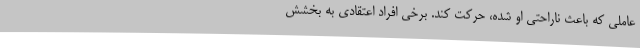
عاملی که باعث ناراحتی او شده، حرکت کند. برخی افراد اعتقادی به بخشش